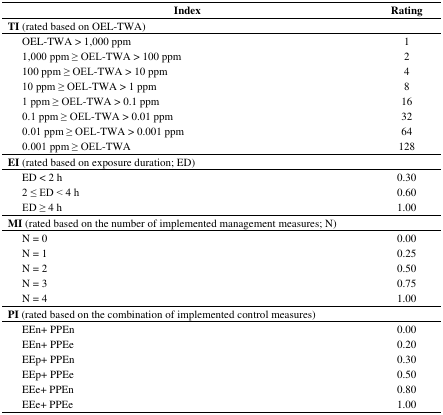
<table><thead><tr><td><b>Index</b></td><td><b>Rating</b></td></tr></thead><tbody><tr><td><b>TI </b>(rated based on OEL-TWA)</td><td></td></tr><tr><td> OEL-TWA &gt; 1,000 ppm</td><td>1</td></tr><tr><td> 1,000 ppm ≥ OEL-TWA &gt; 100 ppm</td><td>2</td></tr><tr><td> 100 ppm ≥ OEL-TWA &gt; 10 ppm</td><td>4</td></tr><tr><td> 10 ppm ≥ OEL-TWA &gt; 1 ppm</td><td>8</td></tr><tr><td> 1 ppm ≥ OEL-TWA &gt; 0.1 ppm</td><td>16</td></tr><tr><td> 0.1 ppm ≥ OEL-TWA &gt; 0.01 ppm</td><td>32</td></tr><tr><td> 0.01 ppm ≥ OEL-TWA &gt; 0.001 ppm</td><td>64</td></tr><tr><td> 0.001 ppm ≥ OEL-TWA</td><td>128</td></tr><tr><td><b>EI </b>(rated based on exposure duration; ED)</td><td></td></tr><tr><td> ED &lt; 2 h</td><td>0.30</td></tr><tr><td> 2 ≤ ED &lt; 4 h</td><td>0.60</td></tr><tr><td> ED ≥ 4 h</td><td>1.00</td></tr><tr><td><b>MI</b> (rated based on the number of implemented management measures; N)</td><td></td></tr><tr><td> N = 0</td><td>0.00</td></tr><tr><td> N = 1</td><td>0.25</td></tr><tr><td> N = 2</td><td>0.50</td></tr><tr><td> N = 3</td><td>0.75</td></tr><tr><td> N = 4</td><td>1.00</td></tr><tr><td><b>PI </b>(rated based on the combination of implemented control measures)</td><td></td></tr><tr><td> EEn+ PPEn</td><td>0.00</td></tr><tr><td> EEn+ PPEe</td><td>0.20</td></tr><tr><td> EEp+ PPEn</td><td>0.30</td></tr><tr><td> EEp+ PPEe</td><td>0.50</td></tr><tr><td> EEe+ PPEn</td><td>0.80</td></tr><tr><td> EEe+ PPEe</td><td>1.00</td></tr></tbody></table>